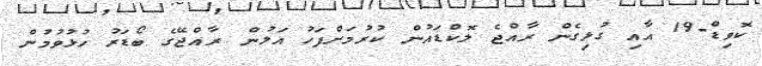
ކޮވިޑް-19 އާއި ގުޅިގެން ރާއްޖެ ލޮކްޑައުން ކުރުމަށްފަހު އަލުން ރާއްޖޭގެ ބޯޑަރު ހުޅުވުމުން